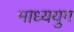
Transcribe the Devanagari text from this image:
माध्ययुग